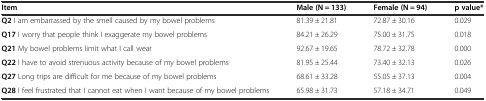
| Item | Male (N = 133) | Female (N = 94) | p value* |
 | --- | --- | --- | --- |
 | Q2 I am embarrassed by the smell caused by my bowel problems | 81.39 ± 21.81 | 72.87 ± 30.16 | 0.029 |
 | Q17 I worry that people think I exaggerate my bowel problems | 84.21 ± 26.29 | 75.00 ± 31.75 | 0.018 |
 | Q21 My bowel problems limit what I call wear | 92.67 ± 19.65 | 78.72 ± 32.78 | 0.000 |
 | Q22 I have to avoid strenuous activity because of my bowel problems | 81.95 ± 25.44 | 73.40 ± 32.13 | 0.026 |
 | Q27 Long trips are difficult for me because of my bowel problems | 68.61 ± 33.28 | 55.05 ± 37.13 | 0.004 |
 | Q28 I feel frustrated that I cannot eat when I want because of my bowel problems | 65.98 ± 31.73 | 57.18 ± 34.71 | 0.049 |